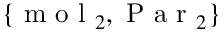
\{ \mathrm { ~ m ~ o ~ l ~ } _ { 2 } , \mathrm { ~ P ~ a ~ r ~ } _ { 2 } \}